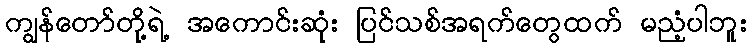
ကျွန်တော်တို့ရဲ့ အကောင်းဆုံး ပြင်သစ်အရက်တွေထက် မညံ့ပါဘူး